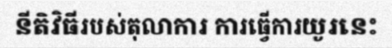
នីតិវិធីរបស់តុលាការ ការធ្វើការយូរនេះ